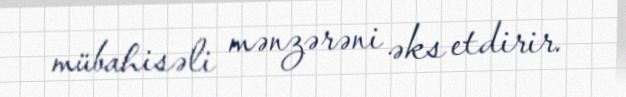
mübahisəli mənzərəni əks etdirir.